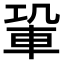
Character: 𨋑